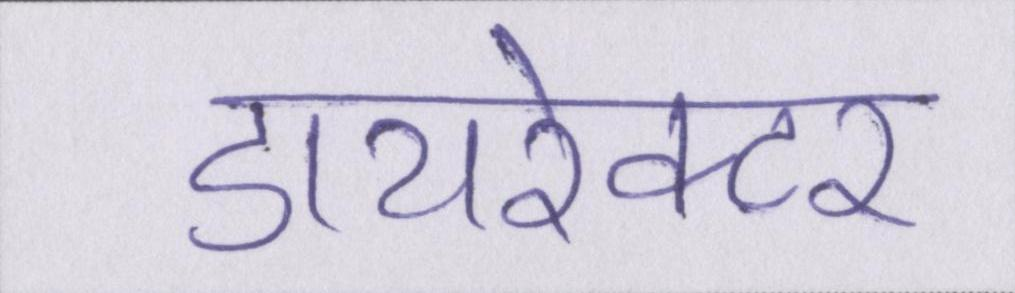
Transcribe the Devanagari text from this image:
डायरेक्टर